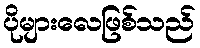
ပိုများလေဖြစ်သည်